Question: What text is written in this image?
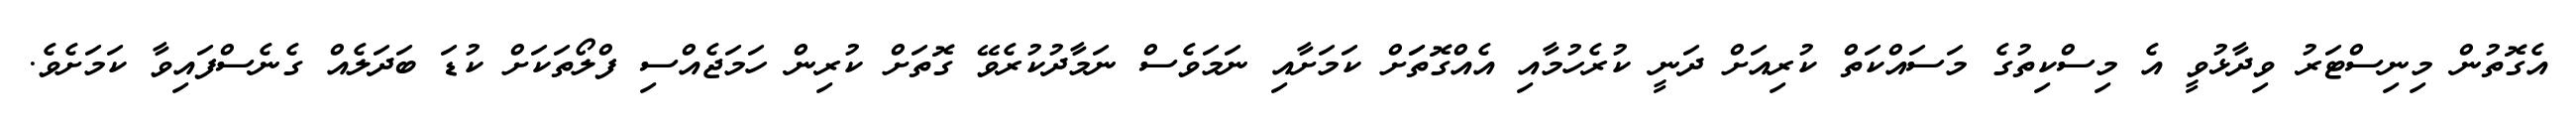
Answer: އެގޮތުން މިނިސްޓަރު ވިދާޅުވީ އެ މިސްކިތުގެ މަސައްކަތް ކުރިއަށް ދަނީ ކުރެހުމާއި އެއްގޮތަަށް ކަމަށާއި ނަމަވެސް ނަމާދުކުރެވޭ ގޮތަށް ކުރިން ހަމަޖެއްސި ފްލޯތަކަށް ކުޑަ ބަދަލެއް ގެނެސްފައިވާ ކަމަށެވެ.